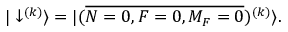
| \downarrow ^ { ( k ) } \rangle = | ( \overline { { N = 0 , F = 0 , M _ { F } = 0 } } ) ^ { ( k ) } \rangle .